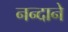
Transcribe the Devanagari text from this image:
नन्दाने